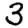
Digit: 3